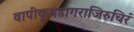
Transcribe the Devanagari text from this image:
वापीकूपडागराजिरुचिरं